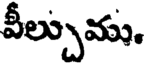
వీల్చుము.